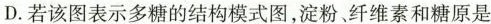
D.若该图表示多糖的结构模式图，淀粉、纤维素和糖原是